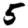
Digit: 5